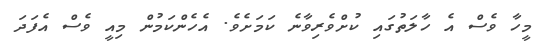
މީހާ ވެސް އެ ހާލަތުގައި ކުށްވެރިވާނެ ކަމަށެވެ. އެހެންކަމުން މިއީ ވެސް އެފަދަ